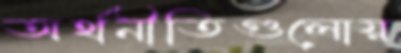
অর্থনীতিগুলোয়